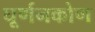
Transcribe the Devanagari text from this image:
घूर्णनकोण